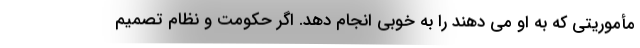
مأموریتی که به او می دهند را به خوبی انجام دهد. اگر حکومت و نظام تصمیم